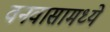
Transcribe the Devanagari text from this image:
वनवासामध्ये